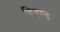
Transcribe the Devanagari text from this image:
शिएल्ड